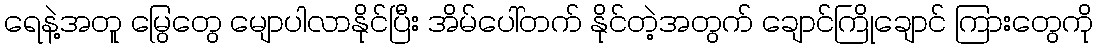
ရေနဲ့အတူ မြွေတွေ မျောပါလာနိုင်ပြီး အိမ်ပေါ်တက် နိုင်တဲ့အတွက် ချောင်ကြိုချောင် ကြားတွေကို